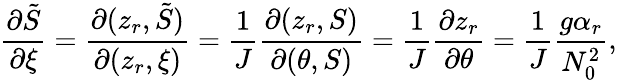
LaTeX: \frac{\partial\tilde{S}}{\partial\xi}=\frac{\partial(z_{r},\tilde{S})}{\partial(z_{r},\xi)}=\frac{1}{J}\frac{\partial(z_{r},S)}{\partial(\theta,S)}=\frac{1}{J}\frac{\partial z_{r}}{\partial\theta}=\frac{1}{J}\frac{g\alpha_{r}}{N_{0}^{2}},